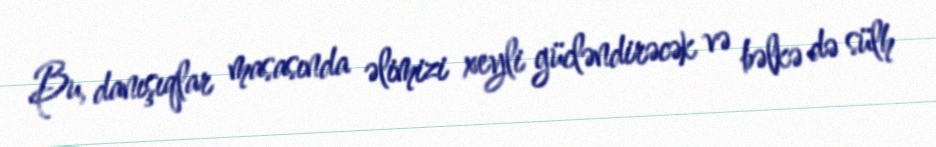
Bu, danışıqlar masasında əlimizi xeyli gücləndirəcək və bəlkə də sülh